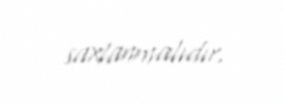
saxlanmalıdır.